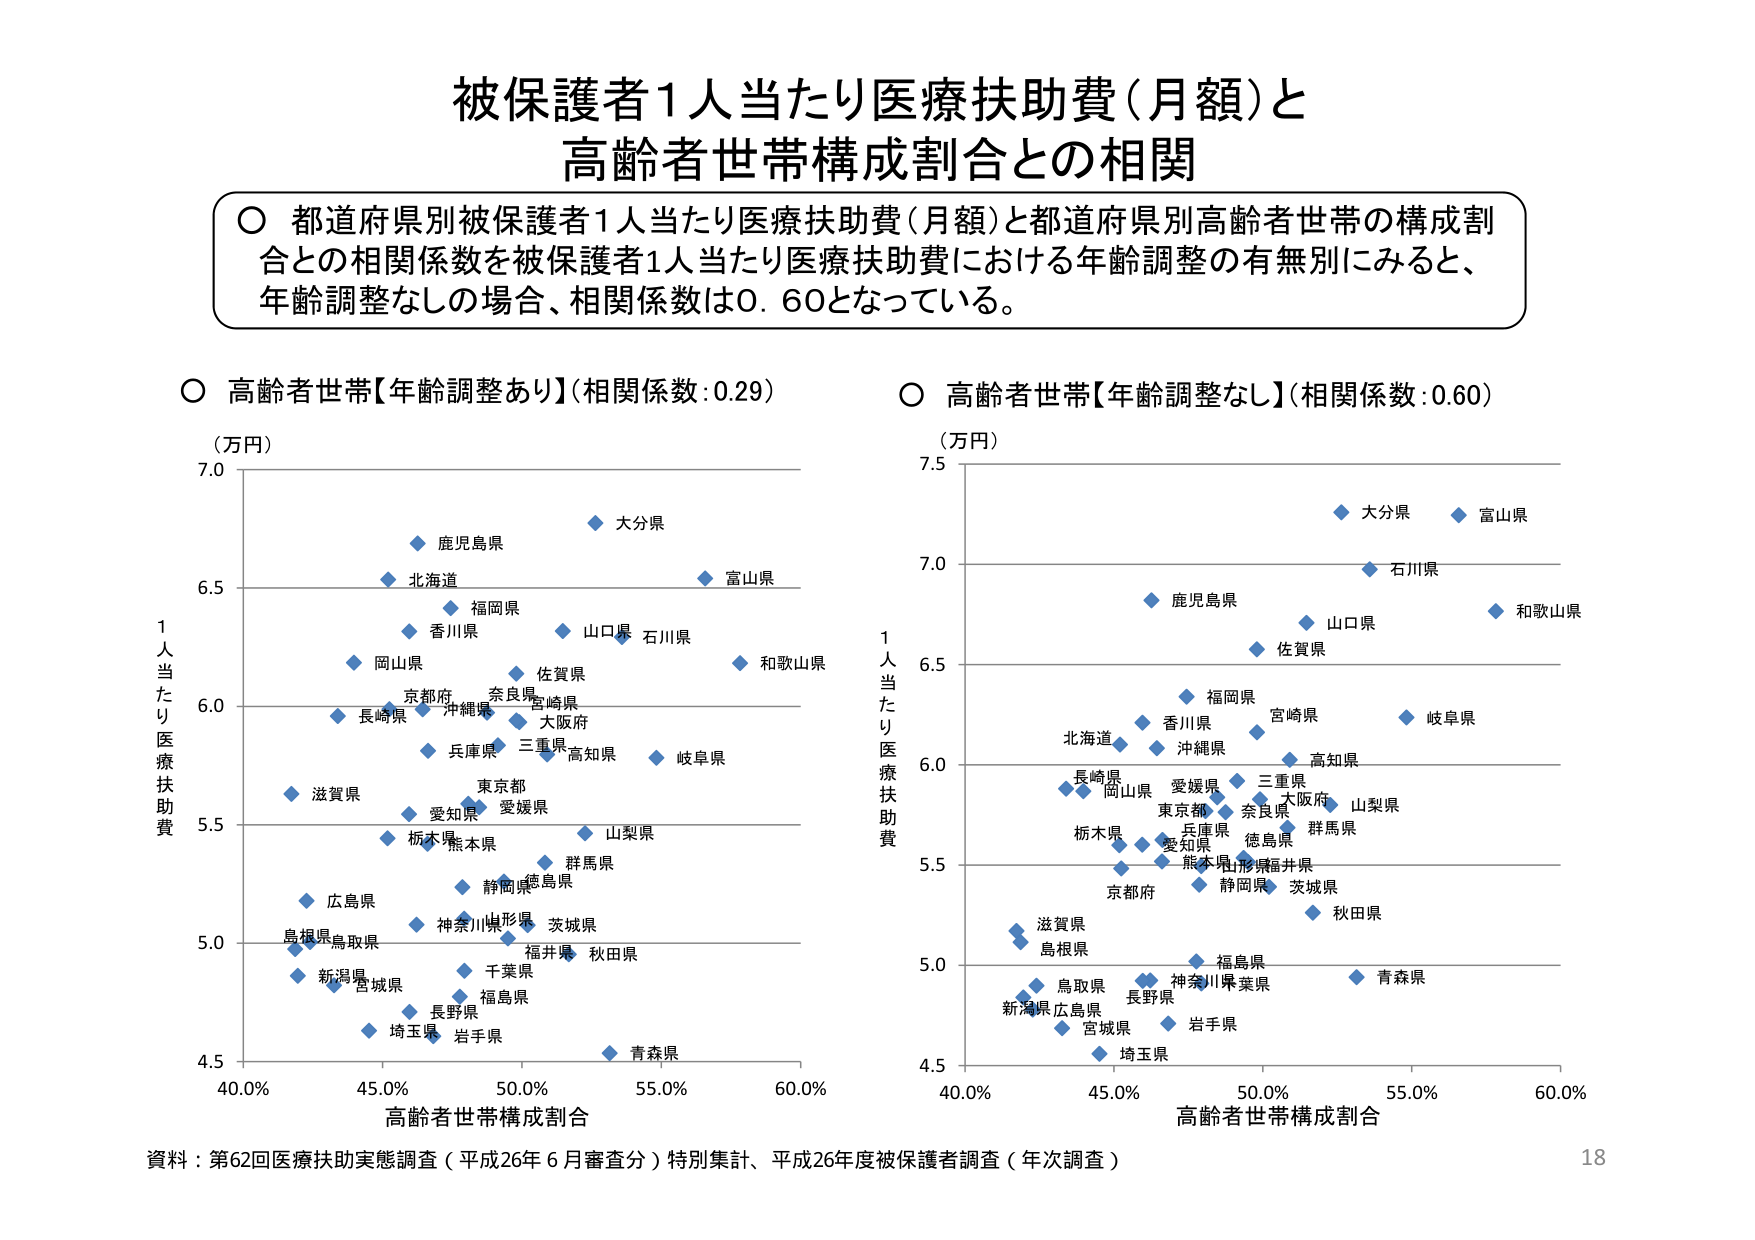
被保護者1人当たり医療扶助費（月額）と
高齢者世帯構成割合との相関

○ 都道府県別被保護者1人当たり医療扶助費（月額）と都道府県別高齢者世帯の構成割
合との相関係数を被保護者1人当たり医療扶助費における年齢調整の有無別にみると、
年齢調整なしの場合、相関係数は0.60となっている。

○ 高齢者世帯【年齢調整あり】（相関係数:0.29）
（万円）
7.0
6.5
6.0
5.5
5.0
4.5
40.0% 45.0% 50.0% 55.0% 60.0%
高齢者世帯構成割合
1人当たり医療扶助費
大分県
富山県
鹿児島県
北海道
福岡県
香川県
山口県
石川県
和歌山県
岡山県
佐賀県
京都府
奈良県
宮崎県
長崎県
沖縄県
大阪府
兵庫県
三重県
高知県
岐阜県
滋賀県
愛知県
愛媛県
東京都
栃木県
熊本県
山梨県
群馬県
静岡県
徳島県
広島県
島根県
鳥取県
神奈川県
山形県
茨城県
福井県
秋田県
新潟県
宮城県
千葉県
福島県
長野県
埼玉県
岩手県
青森県

○ 高齢者世帯【年齢調整なし】（相関係数:0.60）
（万円）
7.5
7.0
6.5
6.0
5.5
5.0
4.5
40.0% 45.0% 50.0% 55.0% 60.0%
高齢者世帯構成割合
1人当たり医療扶助費
大分県
富山県
石川県
和歌山県
鹿児島県
山口県
佐賀県
福岡県
宮崎県
岐阜県
北海道
香川県
沖縄県
長崎県
岡山県
愛媛県
三重県
大阪府
山梨県
奈良県
東京都
兵庫県
徳島県
群馬県
愛知県
熊本県
山形県
福井県
静岡県
茨城県
京都府
秋田県
滋賀県
島根県
福島県
青森県
鳥取県
神奈川県
千葉県
長野県
新潟県
広島県
宮城県
岩手県
埼玉県

資料：第62回医療扶助実態調査（平成26年6月審査分）特別集計、平成26年度被保護者調査（年次調査）
18